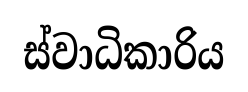
ස්වාධිකාරිය